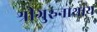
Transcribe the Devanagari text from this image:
श्रीगुरुनाथाय